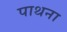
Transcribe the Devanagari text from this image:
पाथना